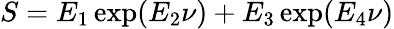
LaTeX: S=E_{1}\exp(E_{2}\nu)+E_{3}\exp(E_{4}\nu)